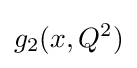
g_{2}(x,Q^{2})